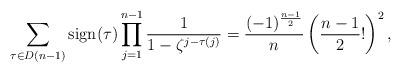
LaTeX: \begin{align*}\sum_{\tau \in D(n-1)} \operatorname{sign}(\tau) \prod_{j=1}^{n-1} \dfrac{1}{1-\zeta^{j-\tau(j)}}=\frac{(-1)^{\frac{n-1}{2}}}{n}\left(\frac{n-1}{2} !\right)^{2} , \end{align*}